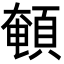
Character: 𩓹